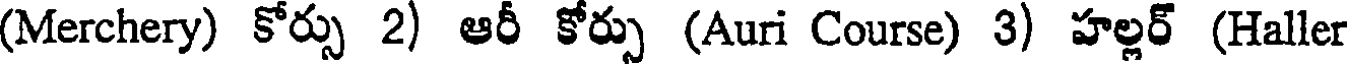
(Merchery) కోర్సు 2) ఆరీ కోర్సు (Auri Course) 3) హల్లర్ (Haller